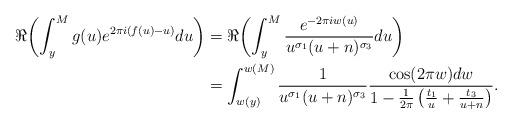
LaTeX: \begin{align*}\Re{ \left( \int_y^M g(u) e^{2\pi i \left( f(u) -u \right)} du \right)} &=\Re{ \left( \int_y^M \frac{e^{-2\pi i w(u)}}{u^{\sigma_1}(u+n)^{\sigma_3}} du \right)} \\&= \int_{w(y)}^{w(M)} \frac{1}{u^{\sigma_1}(u+n)^{\sigma_3}} \frac{\cos(2\pi w) dw}{1-\frac{1}{2\pi} \left( \frac{t_1}{u}+\frac{t_3}{u+n} \right)}. \end{align*}